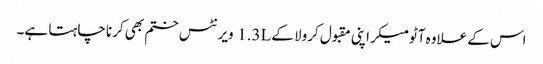
اس کے علاوہ آٹومیکر اپنی مقبول کرولا کے 1.3L ویرنٹس ختم بھی کرنا چاہتا ہے۔